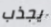
يجذب